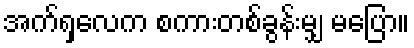
အက်ရှလေက စကားတစ်ခွန်းမျှ မပြော။